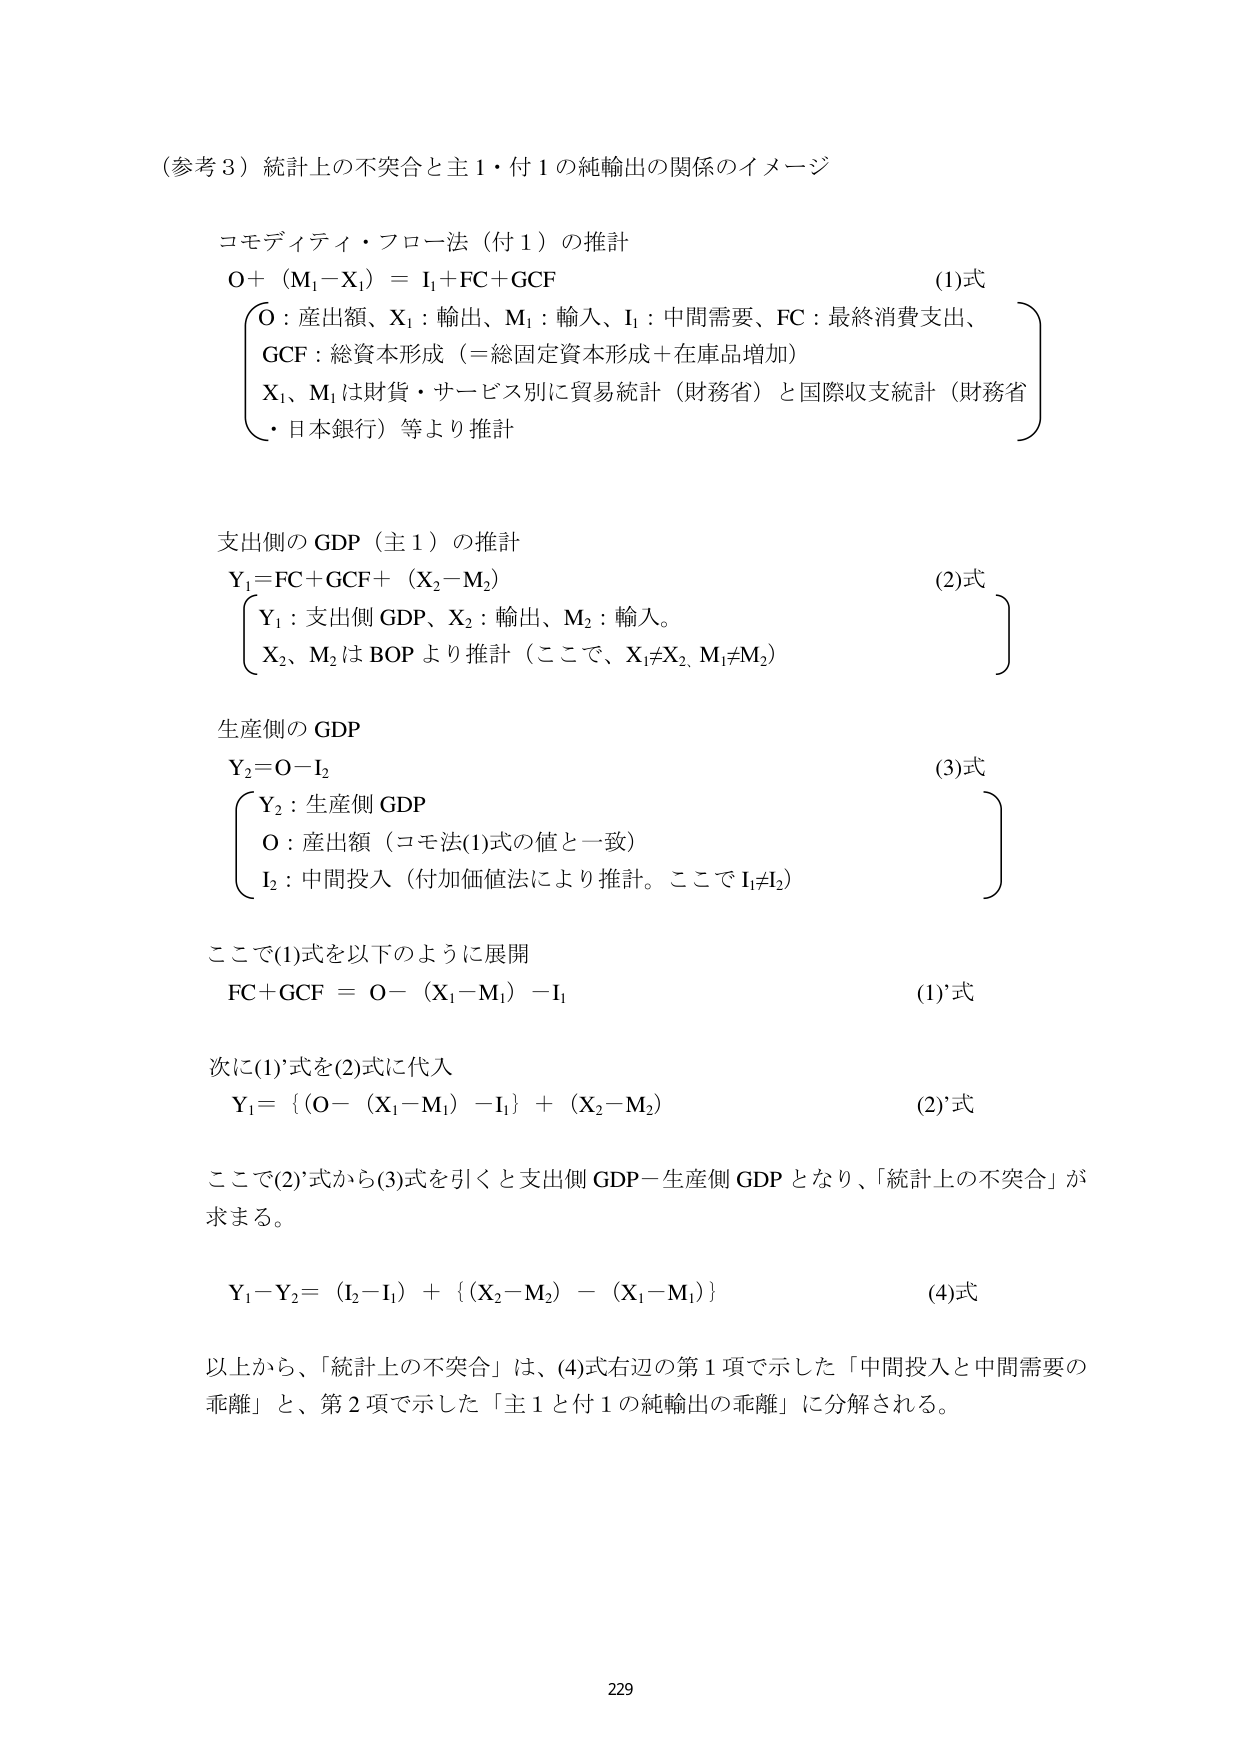
（参考３）統計上の不突合と主１・付１の純輸出の関係のイメージ

コモディティ・フロー法（付１）の推計
Ｏ＋（Ｍ₁－Ｘ₁）＝Ｉ₁＋ＦＣ＋ＧＣＦ　　　　　　　　　　　　　　　　　　　　(1)式
　　Ｏ：産出額、Ｘ₁：輸出、Ｍ₁：輸入、Ｉ₁：中間需要、ＦＣ：最終消費支出、
　　ＧＣＦ：総資本形成（＝総固定資本形成＋在庫品増加）
　　Ｘ₁、Ｍ₁は財貨・サービス別に貿易統計（財務省）と国際収支統計（財務省
　　・日本銀行）等より推計

支出側のＧＤＰ（主１）の推計
Ｙ₁＝ＦＣ＋ＧＣＦ＋（Ｘ₂－Ｍ₂）　　　　　　　　　　　　　　　　　　　　(2)式
　　Ｙ₁：支出側ＧＤＰ、Ｘ₂：輸出、Ｍ₂：輸入。
　　Ｘ₂、Ｍ₂はＢＯＰより推計（ここで、Ｘ₁≠Ｘ₂、Ｍ₁≠Ｍ₂）

生産側のＧＤＰ
Ｙ₂＝Ｏ－Ｉ₂　　　　　　　　　　　　　　　　　　　　　　　　　　　　　　(3)式
　　Ｙ₂：生産側ＧＤＰ
　　Ｏ：産出額（コモ法(1)式の値と一致）
　　Ｉ₂：中間投入（付加価値法により推計。ここでＩ₁≠Ｉ₂）

ここで(1)式を以下のように展開
　ＦＣ＋ＧＣＦ＝Ｏ－（Ｘ₁－Ｍ₁）－Ｉ₁　　　　　　　　　　　　　　　　　　(1)’式

次に(1)’式を(2)式に代入
　Ｙ₁＝｛Ｏ－（Ｘ₁－Ｍ₁）－Ｉ₁｝＋（Ｘ₂－Ｍ₂）　　　　　　　　　　　　　(2)’式

ここで(2)’式から(3)式を引くと支出側ＧＤＰ－生産側ＧＤＰとなり、「統計上の不突合」が
求まる。

　Ｙ₁－Ｙ₂＝（Ｉ₂－Ｉ₁）＋｛（Ｘ₂－Ｍ₂）－（Ｘ₁－Ｍ₁）｝　　　　　　　　(4)式

以上から、「統計上の不突合」は、(4)式右辺の第１項で示した「中間投入と中間需要の
乖離」と、第２項で示した「主１と付１の純輸出の乖離」に分解される。

229